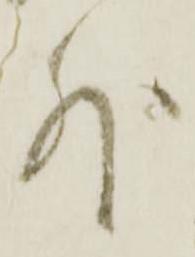
外